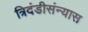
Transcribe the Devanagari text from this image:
त्रिदंडीसंन्यास